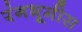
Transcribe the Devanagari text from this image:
रंगभूमीस